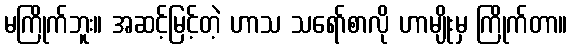
မကြိုက်ဘူး။ အဆင့်မြင့်တဲ့ ဟာသ သရော်စာလို ဟာမျိုးမှ ကြိုက်တာ။